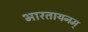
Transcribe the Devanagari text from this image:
भारतायनम्